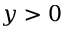
y > 0